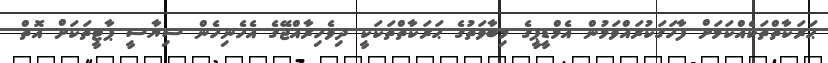
ޙަރަކާތްތަކެއްކަމަށް ފާހަގަކުރައްވަމުން އެމްޑީޕީގެ މިބާވަތުގެ ޙަރަކާތްތަކަކީ ދިވެހިރާއްޖޭގެ އެހެނިހެން ސިޔާސީ ޕާޓީތަކަށް އޮތް